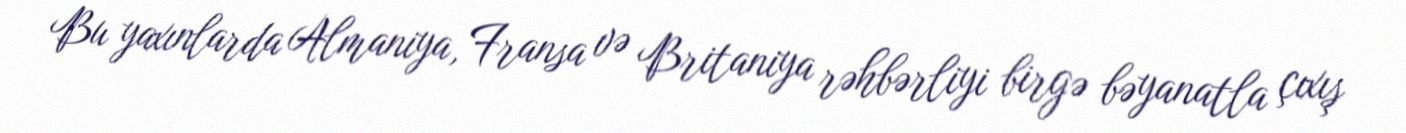
Bu yaxınlarda Almaniya, Fransa və Britaniya rəhbərliyi birgə bəyanatla çıxış